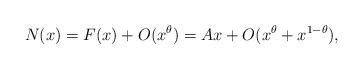
LaTeX: \begin{align*}N(x) = F(x) + O(x^{\theta}) = Ax + O(x^{\theta}+x^{1-\theta}),\end{align*}